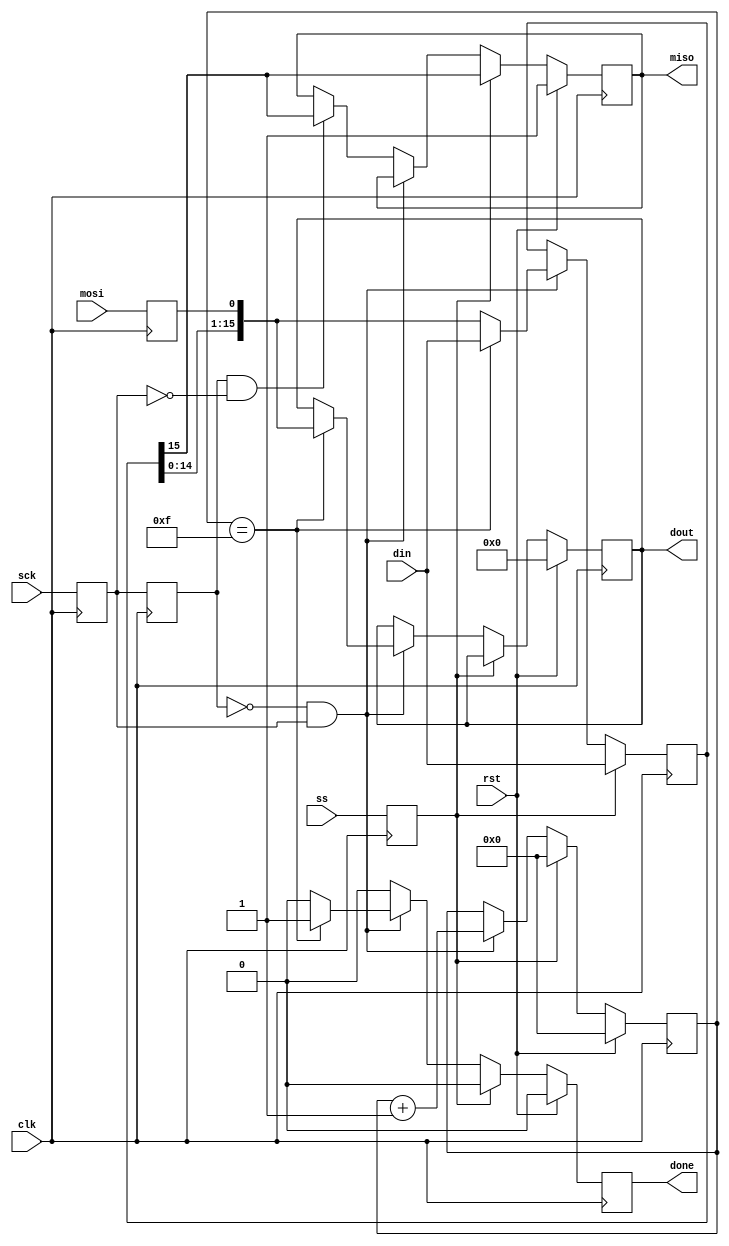
module spi_slave(
    input clk,
    input rst,
    input ss,
    input mosi,
    output miso,
    input sck,
    output done,
    input [15:0] din,
    output [15:0] dout
    );

reg mosi_d, mosi_q;
reg ss_d, ss_q;
reg sck_d, sck_q;
reg sck_old_d, sck_old_q;
reg [15:0] data_d, data_q;
reg done_d, done_q;
reg [3:0] bit_ct_d, bit_ct_q;
reg [15:0] dout_d, dout_q;
reg miso_d, miso_q;

assign miso = miso_q;
assign done = done_q;
assign dout = dout_q;

//TODO Document that chip select needs to be asserted at least 1/65Mhz before sck due to metastability concerns

always @(*) begin
    ss_d = ss;
    mosi_d = mosi;
    miso_d = miso_q;
    sck_d = sck;
    sck_old_d = sck_q;
    data_d = data_q;
    done_d = 1'b0;
    bit_ct_d = bit_ct_q;
    dout_d = dout_q;

    if (ss_q) begin
        bit_ct_d = 4'b0;
        data_d = din;
        miso_d = data_q[15];
    end else begin
        if (!sck_old_q && sck_q) begin // rising edge
            data_d = {data_q[14:0], mosi_q};
            bit_ct_d = bit_ct_q + 1'b1;
            if (bit_ct_q == 4'b1111) begin
                dout_d = {data_q[14:0], mosi_q};
                done_d = 1'b1;
                data_d = din;
            end
        end else if (sck_old_q && !sck_q) begin // falling edge
            miso_d = data_q[15];
        end
    end
end

always @(posedge clk) begin
    if (rst) begin
        done_q <= 1'b0;
        bit_ct_q <= 4'b0;
        dout_q <= 16'b0;
        miso_q <= 1'b1;
    end else begin
        done_q <= done_d;
        bit_ct_q <= bit_ct_d;
        dout_q <= dout_d;
        miso_q <= miso_d;
    end

    sck_q <= sck_d;
    mosi_q <= mosi_d;
    ss_q <= ss_d;
    data_q <= data_d;
    sck_old_q <= sck_old_d;

end

endmodule